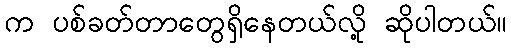
က ပစ်ခတ်တာတွေရှိနေတယ်လို့ ဆိုပါတယ်။